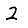
Digit: 2